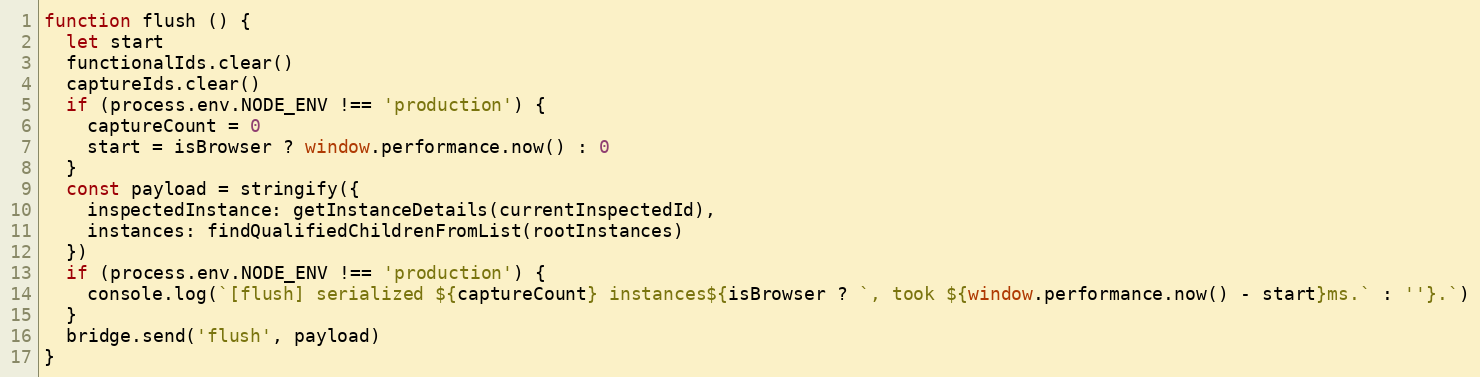
Language: JavaScript
function flush () {
  let start
  functionalIds.clear()
  captureIds.clear()
  if (process.env.NODE_ENV !== 'production') {
    captureCount = 0
    start = isBrowser ? window.performance.now() : 0
  }
  const payload = stringify({
    inspectedInstance: getInstanceDetails(currentInspectedId),
    instances: findQualifiedChildrenFromList(rootInstances)
  })
  if (process.env.NODE_ENV !== 'production') {
    console.log(`[flush] serialized ${captureCount} instances${isBrowser ? `, took ${window.performance.now() - start}ms.` : ''}.`)
  }
  bridge.send('flush', payload)
}